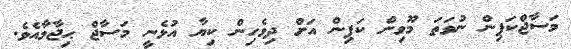
މަސާޖްކަޕިން ނުވަތަ މޫވިން ކަޕިން އަށް ދިވެހިން ކިޔާ އުޅެނީ މަސާޖް ޙިޖާމާއެވެ.